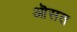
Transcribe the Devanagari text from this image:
ऒसत